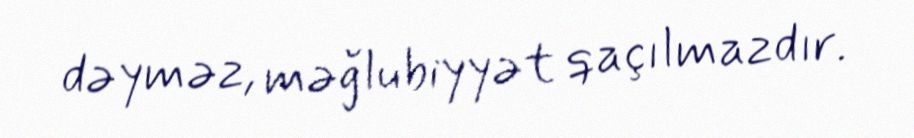
dəyməz, məğlubiyyət qaçılmazdır.